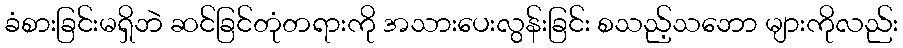
ခံစားခြင်းမရှိဘဲ ဆင်ခြင်တုံတရားကို အသားပေးလွန်းခြင်း စသည့်သဘော များကိုလည်း